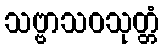
သဗ္ဗာသဝသုတ္တံ